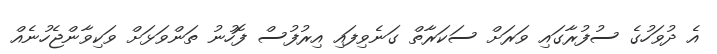
އެ ދުވަހުގެ ސުފުރާގައި ވަރަށް ސަކަރާތް ގަނެވިފައި އިރުފުސް ފޮހުނު ތަންވަޅަށް ވަކިވާންޖެހުނެއް